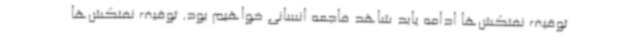
توقیف نفتکش‌ها ادامه یابد شاهد فاجعه انسانی خواهیم بود. توقیف نفتکش‌ها